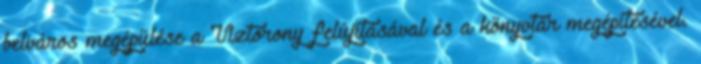
belváros megépülése a Víztorony felújításával és a könyvtár megépítésével.